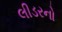
લીડરનો